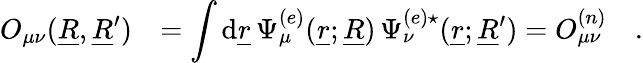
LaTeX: \begin{array}{rl}{O_{\mu\nu}(\underline{{R}},\underline{{R}}^{\prime})}&{=\displaystyle\int\mathrm{d}\underline{{r}}\, \Psi_{\mu}^{(e)}(\underline{{r}};\underline{{R}})\, \Psi_{\nu}^{(e)\star}(\underline{{r}};\underline{{R}}^{\prime})=O_{\mu\nu}^{(n)}\quad.}\end{array}